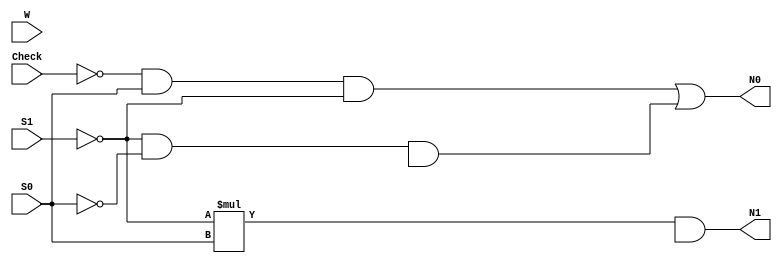
module determineNextDivisionState(W, S1, S0, Check, N0, N1);
  input W;
  input S0;
  input S1;
  input Check;
  output N0;
  output N1;

  assign N0 = (~Check & S0 & ~S1) | (~S1 & ~S0 & I);
  assign N1 = ~S1 * S0 & C;

endmodule